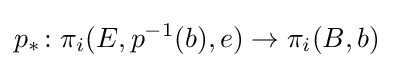
p_{*}\colon \pi _{i}(E,p^{-1}(b),e)\to \pi _{i}(B,b)